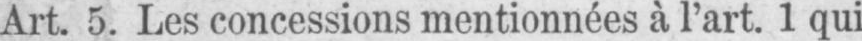
Art. 5. Les concessions mentionnées à l’art. 1 qui